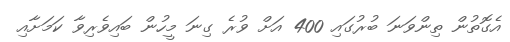
އެގޮތުން ތިންވަނަ ބުރުގައި 400 އަށް ވުރެ ގިނަ މީހުން ބައިވެރިވާ ކަމަށާއި